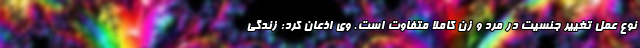
نوع عمل تغییر جنسیت در مرد و زن کاملا متفاوت است. وی اذعان کرد: زندگی